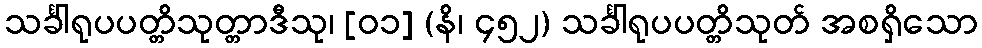
သင်္ခါရုပပတ္တိသုတ္တာဒီသု၊ [၀၁] (နိ၊ ၄၅၂) သင်္ခါရုပပတ္တိသုတ် အစရှိသော